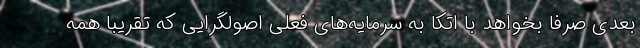
بعدی صرفا بخواهد با اتکا به سرمایه‌های فعلی اصولگرایی که تقریبا همه